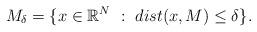
LaTeX: \begin{align*}M_{\delta} = \{x \in \mathbb{R}^{N} \ : \ dist(x,M) \leq \delta \}.\end{align*}